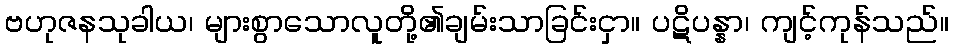
ဗဟုဇနသုခါယ၊ များစွာသောလူတို့၏ချမ်းသာခြင်းငှာ။ ပဋိပန္နာ၊ ကျင့်ကုန်သည်။